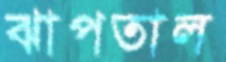
ঝাপতাল